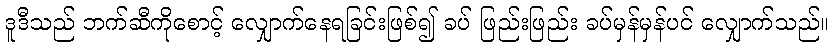
ဒူဒီသည် ဘက်ဆီကိုစောင့် လျှောက်နေရခြင်းဖြစ်၍ ခပ် ဖြည်းဖြည်း ခပ်မှန်မှန်ပင် လျှောက်သည်။